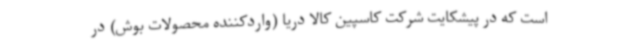
است که در پیشکایت شرکت کاسپین کالا دریا (واردکننده محصولات بوش) در